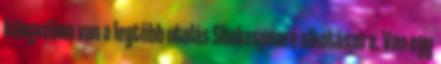
könyvében van a legtöbb utalás Shakespeare alkotásaira. Van egy